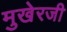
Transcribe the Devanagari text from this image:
मुखेरजी